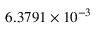
6 . 3 7 9 1 \times 1 0 ^ { - 3 }